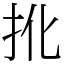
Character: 𢪎